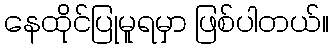
နေထိုင်ပြုမူရမှာ ဖြစ်ပါတယ်။